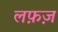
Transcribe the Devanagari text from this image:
लफ़ज़